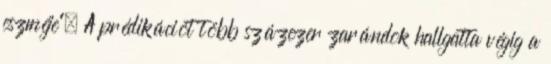
eszméje”. A prédikációt több százezer zarándok hallgatta végig a